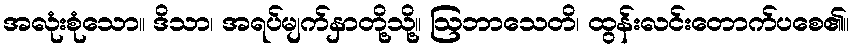
အလုံးစုံသော။ ဒိသာ၊ အရပ်မျက်နှာတို့သို့။ ဩဘာသေတိ၊ ထွန်းလင်းတောက်ပစေ၏။